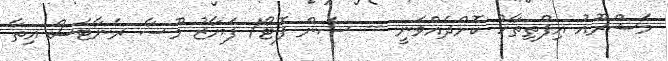
މަޝްރޫއު އިފްތިތާހު ކޮށްދެއްވަނީ -- ސަން ފޮޓޯ/ ފަޔާޒު މޫސާ ރެނާޓަސް އިތާ